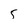
Character: 5